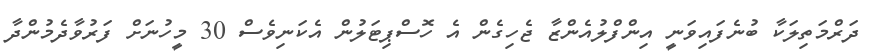
ދަރްމަތިލަކާ ބުނެފައިވަނީ އިންފްލުއެންޒާ ޖެހިގެން އެ ހޮސްޕިޓަލުން އެކަނިވެސް 30 މީހުނަށް ފަރުވާދެމުންދާ